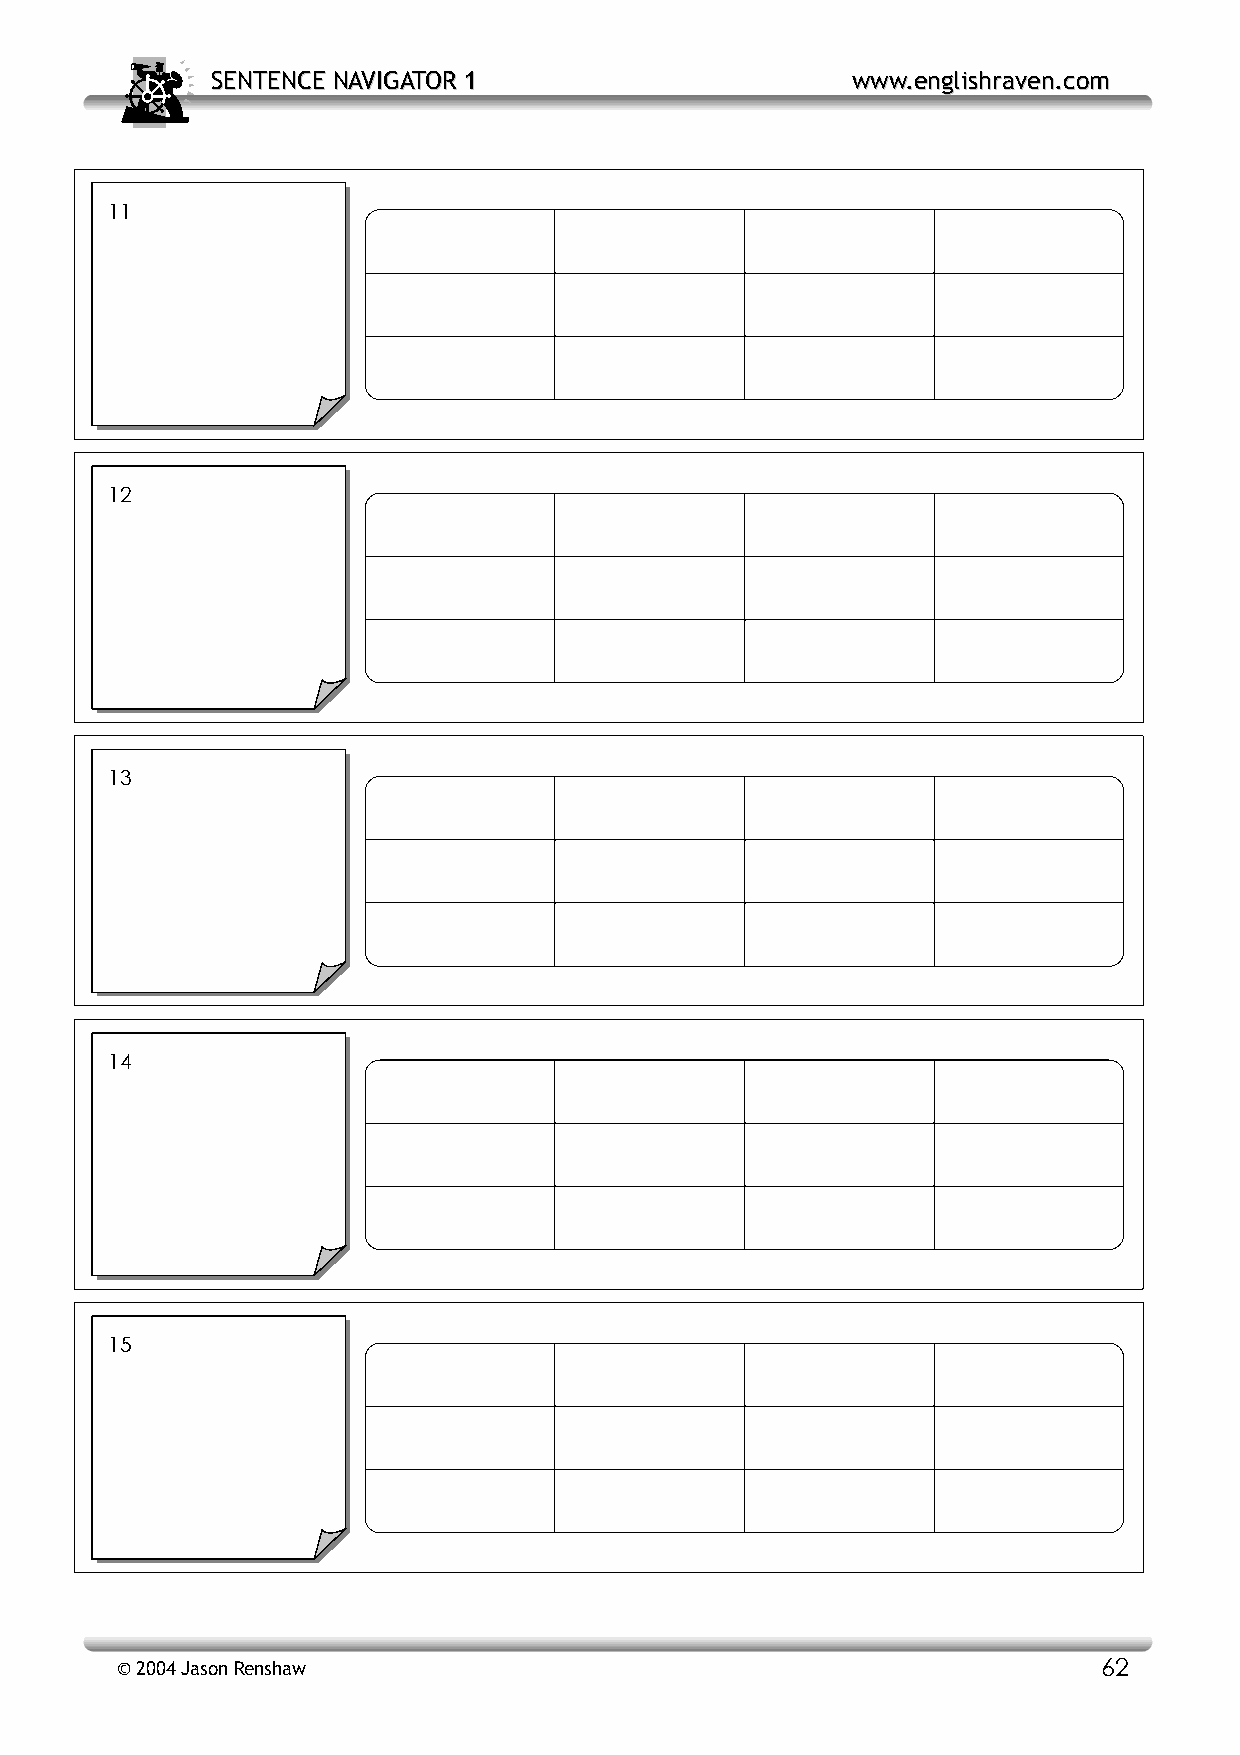
SSEENNTTEENNCCEE NNAAVVIIGGAATTOORR 11    wwwwww..eenngglliisshhrraavveenn..ccoomm
 11
 12
 13
 14
 15
 © 2004 Jason Renshaw                                             62